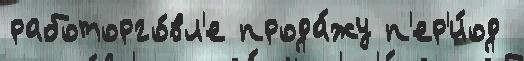
работорго́вл'е прода́жу п'ер'и́од